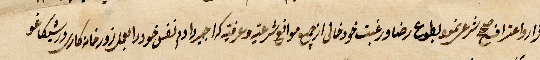
إقرار واعتراف صحح شرع بنمو بطوع رضا ورغبت خودخالي ... موانع شرعية وعرفية اجير وادم نفس خود العمل زورخانة كارسرور شيكاغو